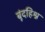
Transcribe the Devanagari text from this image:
बूंदहिश्न